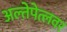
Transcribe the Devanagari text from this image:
अल्तेपेत्लवर